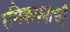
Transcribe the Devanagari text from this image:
रसिकमनाची